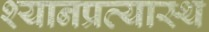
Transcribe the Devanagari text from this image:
श्यानप्रत्यास्थ